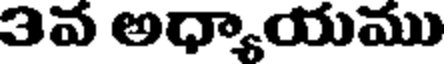
3వ అధ్యాయము